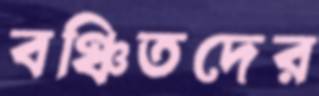
বঞ্চিতদের